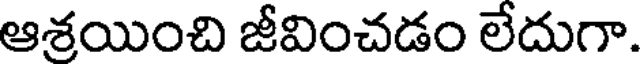
ఆశ్రయించి జీవించడం లేదుగా.